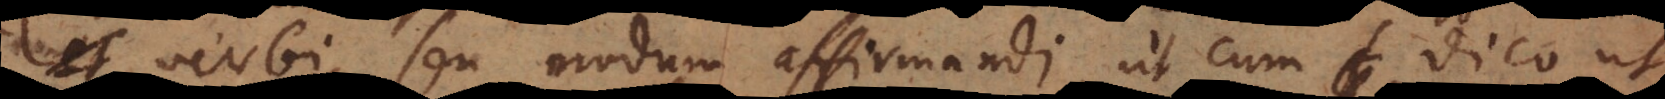
verbi, seu modum affirmandi, ut cum dico ut